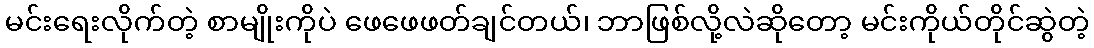
မင်းရေးလိုက်တဲ့ စာမျိုးကိုပဲ ဖေဖေဖတ်ချင်တယ်၊ ဘာဖြစ်လို့လဲဆိုတော့ မင်းကိုယ်တိုင်ဆွဲတဲ့